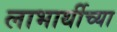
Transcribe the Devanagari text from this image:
लाभार्थीच्या